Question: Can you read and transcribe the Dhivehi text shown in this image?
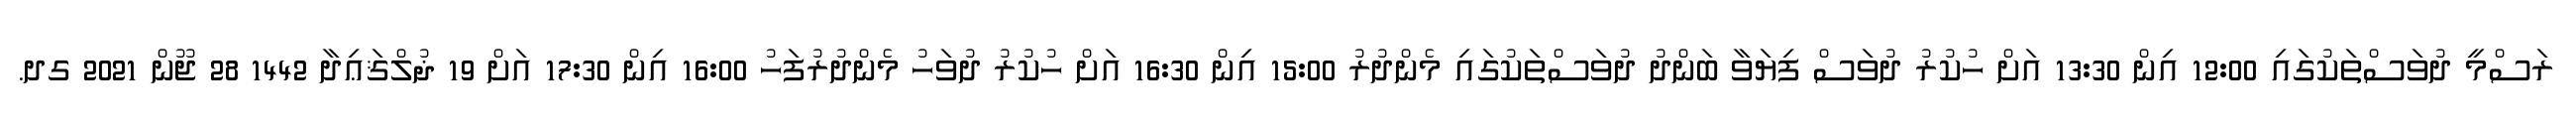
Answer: ރަސްމީ ދުވަސްތަކުގައި 12:00 އިން 13:30 އަށް ހުކުރު ދުވަސް ފިޔަވާ ބަންދު ދުވަސްތަކުގައި މެންދުރު 15:00 އިން 16:30 އަށް ހުކުރު ދުވަހު މެންދުރުފަހު 16:00 އިން 17:30 އަށް 19 ޛުލްޤަޢިދާ 1442 28 ޖޫން 2021 ގދ.